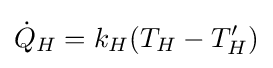
{\dot {Q}}_{H}=k_{H}(T_{H}-T_{H}')